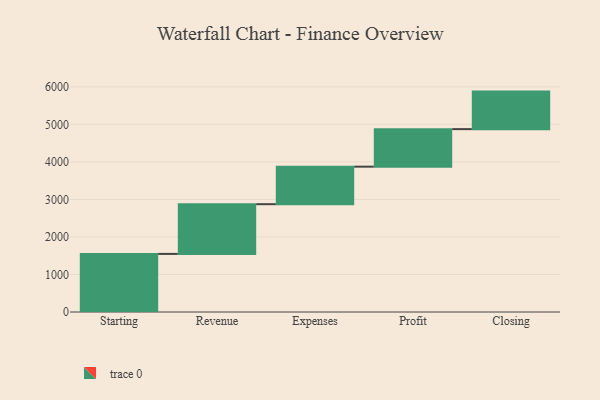
{"axis": {"x": "Step", "y": "Value"}, "legend": [""], "data": [{"x": "Starting", "y": 1548.0, "type": ""}, {"x": "Revenue", "y": 1325.0, "type": ""}, {"x": "Expenses", "y": 1000, "type": ""}, {"x": "Profit", "y": 1000, "type": ""}, {"x": "Closing", "y": 1000, "type": ""}]}